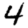
Digit: 4